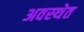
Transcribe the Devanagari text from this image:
अवस्‍थेत